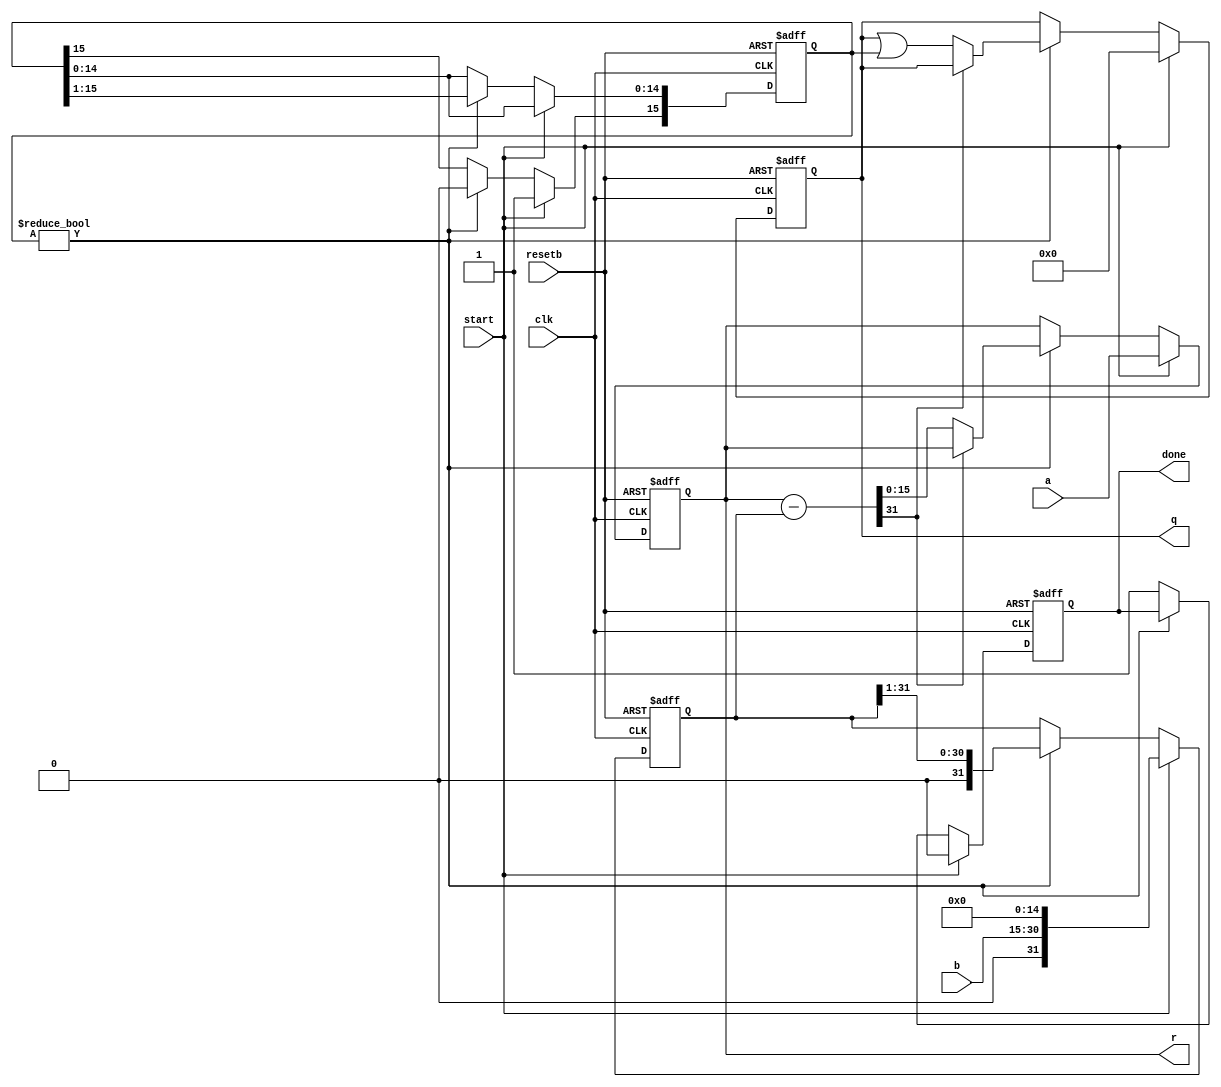
module div16 (clk, resetb, start, a, b, q, r, done);
parameter N = 16;	
input		clk;
input		resetb;	
input		start;	
input [N-1:0]	a;	
input [N-1:0]	b;	
output [N-1:0]	q;	
output [N-1:0]	r;	
output		done;	
reg [N-1:0]	q;
reg		done;
reg [N-1:0]	power;
reg [N-1:0]	accum;
reg [(2*N-1):0]	bpower;
assign r = accum;
wire [2*N-1:0] accum_minus_bpower = accum - bpower;
always @(posedge clk or negedge resetb) begin
   if (~resetb) begin
      q <= 0;
      accum <= 0;
      power <= 0;
      bpower <= 0;
      done <= 0;
   end
   else begin
      if (start) begin
         q      <= 0;
         accum  <= a; 
         power[N-1] <= 1'b1; 
         bpower <= b << N-1; 
         done <= 0;
      end
      else begin
         if (power != 0) begin
            if ( ~accum_minus_bpower[2*N-1]) begin
               q     <= q | power;
               accum <= accum_minus_bpower;
            end
            power  <= power >> 1;
            bpower <= bpower >> 1;
         end
         else begin
            done <= 1;
         end
      end
   end
end
endmodule